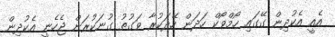
އެއީ އެކުދިން ގޭގައި ހޯމްވޯކް ހަދަން ހޭދަކުރާ ވަގުތު ގުނަކުރަން ޖެހެނީ އެކުދިން